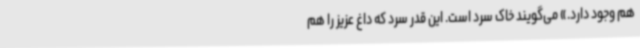
هم وجود دارد.» می‌گویند خاک سرد است. این‌ قدر سرد که داغ عزیز را هم